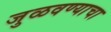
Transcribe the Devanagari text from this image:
जुळवण्याचा